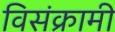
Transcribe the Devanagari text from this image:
विसंक्रामी